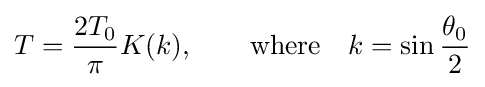
T={\frac {2T_{0}}{\pi }}K(k),\qquad {\text{where}}\quad k=\sin {\frac {\theta _{0}}{2}}